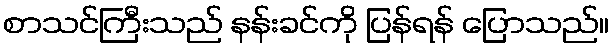
စာသင်ကြီးသည် နန်းခင်ကို ပြန်ရန် ပြောသည်။